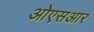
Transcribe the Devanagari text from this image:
ओएसआर